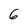
Character: 6